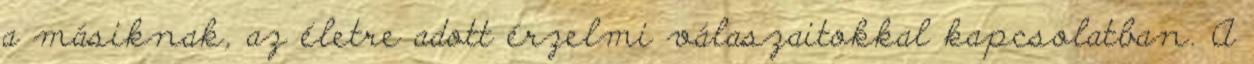
a másiknak, az életre adott érzelmi válaszaitokkal kapcsolatban. A